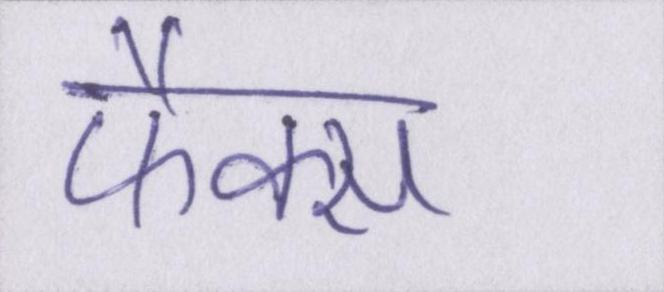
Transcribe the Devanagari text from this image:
फैक्स